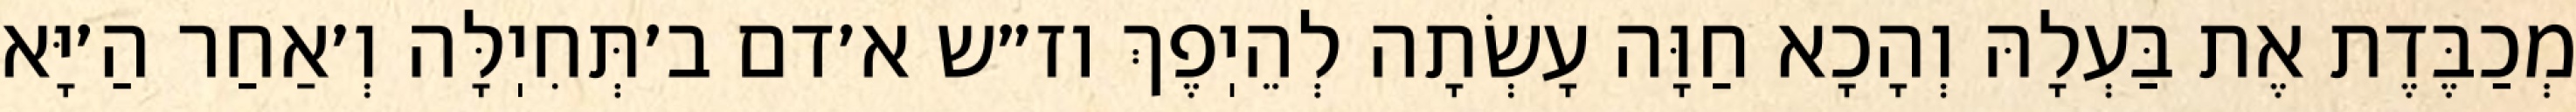
מְכַבֶּדֶת אֶת בַּעְלָהּ וְהָכָא חַוָּה עָשְׂתָה לְהֵיֽפֶךְ וז״ש א׳דם ב׳תְּחִיֽלָּה וְ׳אַחַר הַ׳יָּא